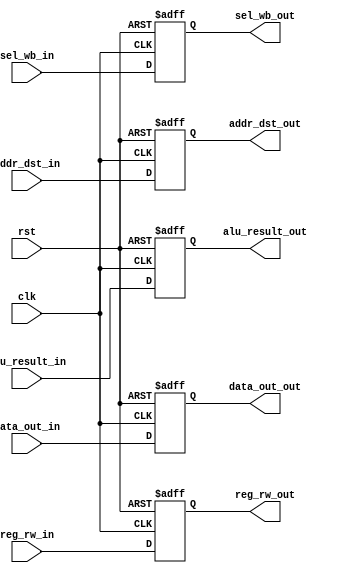
//MEM/WB
`timescale 1ns/10ps
module MEMWB(sel_wb_out, reg_rw_out, addr_dst_out, alu_result_out, data_out_out
			, alu_result_in, sel_wb_in, reg_rw_in, addr_dst_in, data_out_in, clk, rst);

input sel_wb_in;
input reg_rw_in;

input [4:0] addr_dst_in;
input [31:0] alu_result_in;
input [31:0] data_out_in;
input clk;
input rst;


output reg	sel_wb_out;
output reg	reg_rw_out;

output reg	[4:0] addr_dst_out;
output reg	[31:0] alu_result_out;
output reg	[31:0] data_out_out;

always @ (posedge clk or negedge rst)
begin
	if (!rst) begin
		sel_wb_out = 0;
		reg_rw_out = 0;

		alu_result_out = 32'd0;
		data_out_out = 32'd0;
		addr_dst_out = 5'd0;
		end

		else begin
		sel_wb_out = sel_wb_in;
		reg_rw_out = reg_rw_in;

		alu_result_out = alu_result_in;
		data_out_out = data_out_in;
		addr_dst_out = addr_dst_in;
		end
	end


endmodule